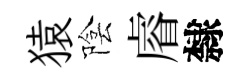
猿陰𥈠隸